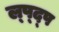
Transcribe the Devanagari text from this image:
ल्प्द्प